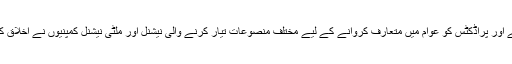
پاکستان میں بزنس کو بڑھانے اور پراڈکٹس کو عوام میں متعارف کروانے کے لیے مختلف منصوعات تیار کرنے والی نیشنل اور ملٹی نیشنل کمپنیوں نے اخلاق کا دامن ہاتھ سے چھوڑدیا ہے۔